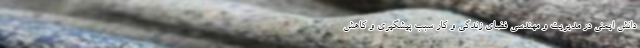
دانش ایمنی در مدیریت و مهندسی فضای زندگی و کار سبب پیشگیری و کاهش